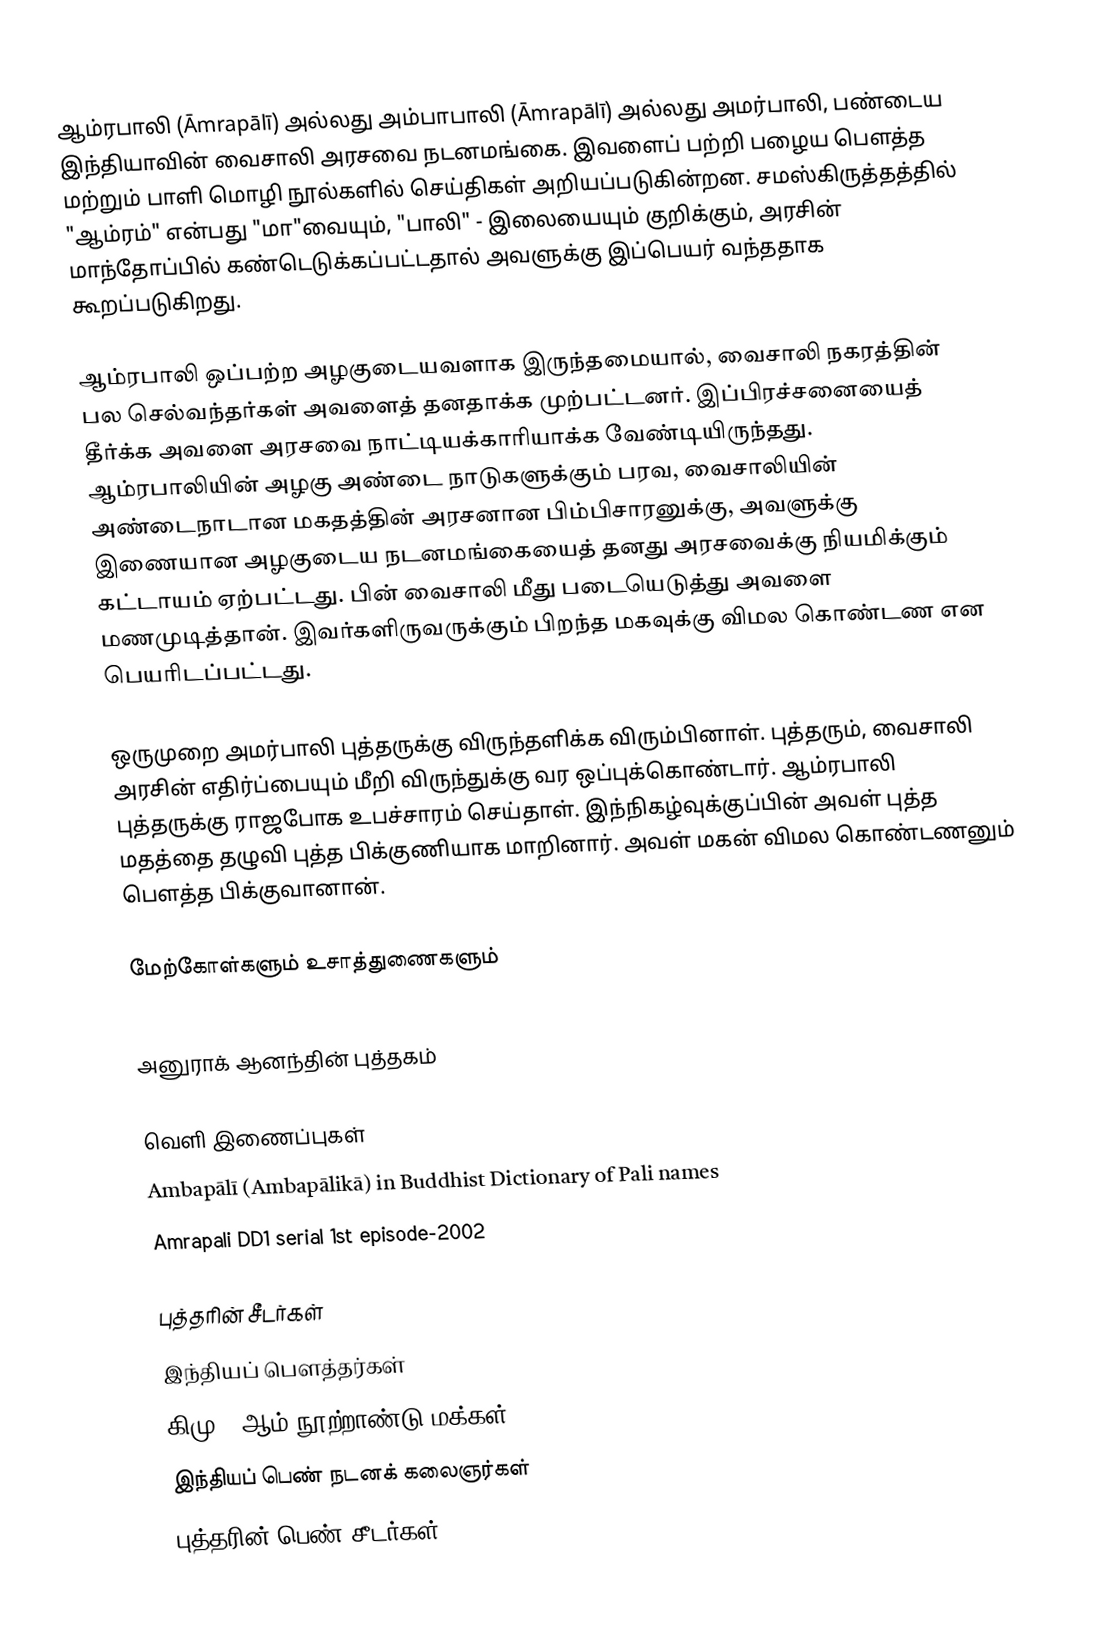
ஆம்ரபாலி (Āmrapālī) அல்லது அம்பாபாலி (Āmrapālī) அல்லது அமர்பாலி, பண்டைய இந்தியாவின் வைசாலி அரசவை நடனமங்கை. இவளைப் பற்றி பழைய பௌத்த மற்றும் பாளி மொழி நூல்களில் செய்திகள் அறியப்படுகின்றன. சமஸ்கிருத்தத்தில் "ஆம்ரம்" என்பது "மா"வையும், "பாலி" - இலையையும் குறிக்கும், அரசின் மாந்தோப்பில் கண்டெடுக்கப்பட்டதால் அவளுக்கு இப்பெயர் வந்ததாக கூறப்படுகிறது.

ஆம்ரபாலி ஒப்பற்ற அழகுடையவளாக இருந்தமையால், வைசாலி நகரத்தின் பல செல்வந்தர்கள் அவளைத் தனதாக்க முற்பட்டனர். இப்பிரச்சனையைத் தீர்க்க அவளை அரசவை நாட்டியக்காரியாக்க வேண்டியிருந்தது. ஆம்ரபாலியின் அழகு அண்டை நாடுகளுக்கும் பரவ, வைசாலியின் அண்டைநாடான மகதத்தின் அரசனான பிம்பிசாரனுக்கு, அவளுக்கு இணையான அழகுடைய நடனமங்கையைத் தனது அரசவைக்கு நியமிக்கும் கட்டாயம் ஏற்பட்டது. பின் வைசாலி மீது படையெடுத்து அவளை மணமுடித்தான். இவர்களிருவருக்கும் பிறந்த மகவுக்கு விமல கொண்டண என பெயரிடப்பட்டது.

ஒருமுறை அமர்பாலி புத்தருக்கு விருந்தளிக்க விரும்பினாள். புத்தரும், வைசாலி அரசின் எதிர்ப்பையும் மீறி விருந்துக்கு வர ஒப்புக்கொண்டார். ஆம்ரபாலி புத்தருக்கு ராஜபோக உபச்சாரம் செய்தாள். இந்நிகழ்வுக்குப்பின் அவள் புத்த மதத்தை தழுவி புத்த பிக்குணியாக மாறினார். அவள் மகன்  விமல கொண்டணனும் பௌத்த பிக்குவானான்.

மேற்கோள்களும் உசாத்துணைகளும்

 அனுராக் ஆனந்தின் புத்தகம்

வெளி இணைப்புகள்
 Ambapālī (Ambapālikā) in Buddhist Dictionary of Pali names
 Amrapali DD1 serial 1st episode-2002

புத்தரின் சீடர்கள்
இந்தியப் பௌத்தர்கள்
கிமு 5-ஆம் நூற்றாண்டு மக்கள்
இந்தியப் பெண் நடனக் கலைஞர்கள்
புத்தரின் பெண் சீடர்கள்